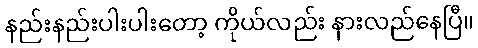
နည်းနည်းပါးပါးတော့ ကိုယ်လည်း နားလည်နေပြီ။